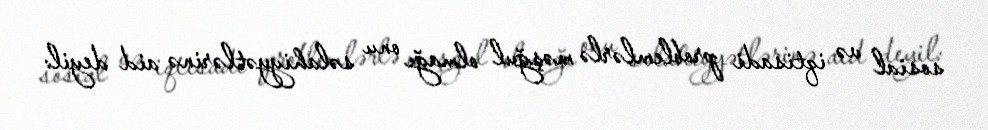
sosial və iqtisadi problemlərlə məşğul olmağı onu səlahiyyətlərinə aid deyil: